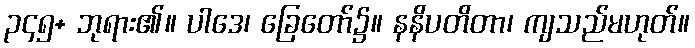
၃၄၅+ ဘုရား၏။ ပါဒေ၊ ခြေတော်၌။ နနိပတိတာ၊ ကျသည်မဟုတ်။